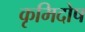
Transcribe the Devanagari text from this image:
कृमिदोष